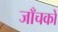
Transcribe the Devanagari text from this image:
जाँचकों